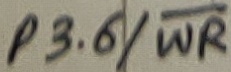
Text: P3.6/WR